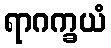
ရာဂက္ခယံ